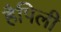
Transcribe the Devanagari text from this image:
हैपिली